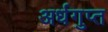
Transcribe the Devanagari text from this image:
अर्धगुप्त